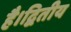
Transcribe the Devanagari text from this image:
है।द्वितीय